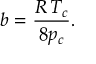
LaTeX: b = { \frac { R \, T _ { c } } { 8 p _ { c } } } .